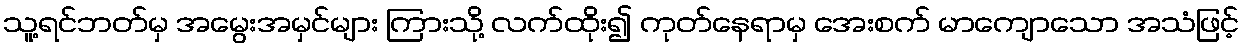
သူ့ရင်ဘတ်မှ အမွေးအမှင်များ ကြားသို့ လက်ထိုး၍ ကုတ်နေရာမှ အေးစက် မာကျောသော အသံဖြင့်